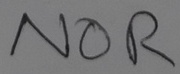
Text: NOR